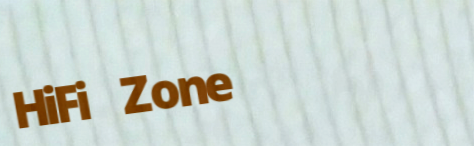
HiFi Zone